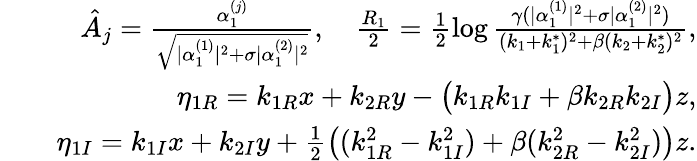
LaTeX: \begin{array}{rlr}&{}&{\hat{A}_{j}=\frac{\alpha_{1}^{(j)}}{\sqrt{\lvert\alpha_{1}^{(1)}\rvert^{2}+\sigma\lvert\alpha_{1}^{(2)}\rvert^{2}}},~~~~\frac{R_{1}}{2}=\frac{1}{2}\log\frac{\gamma(\lvert\alpha_{1}^{(1)}\rvert^{2}+\sigma\lvert\alpha_{1}^{(2)}\vert^{2})}{(k_{1}+k_{1}^{*})^{2}+\beta(k_{2}+k_{2}^{*})^{2}},}\\ &{}&{\eta_{1R}=k_{1R}x+k_{2R}y-\big(k_{1R}k_{1I}+\beta k_{2R}k_{2I}\big)z,}\\ &{}&{\eta_{1I}=k_{1I}x+k_{2I}y+\frac{1}{2}\big((k_{1R}^{2}-k_{1I}^{2})+\beta(k_{2R}^{2}-k_{2I}^{2})\big)z.}\end{array}